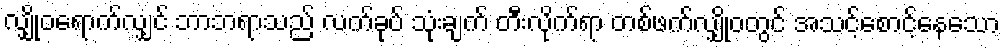
လျှိုဝရောက်လျှင် ဘာဘရာသည် လက်ခုပ် သုံးချက် တီးလိုက်ရာ တစ်ဖက်လျှိုဝတွင် အသင့်စောင့်နေသော